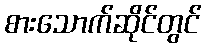
စားသောက်ဆိုင်တွင်